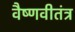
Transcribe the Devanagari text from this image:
वैष्णवीतंत्र